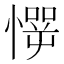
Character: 㦍